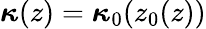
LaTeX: \boldsymbol\kappa(z)=\boldsymbol\kappa_{0}(z_{0}(z))